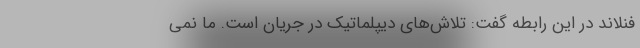
فنلاند در این رابطه گفت: تلاش‌های دیپلماتیک در جریان است. ما نمی‌